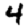
Digit: 4